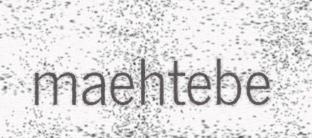
maehtebe